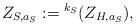
LaTeX: \begin{align*}Z_{S,a_S}:={}^{k_S}(Z_{H,a_S}),\end{align*}